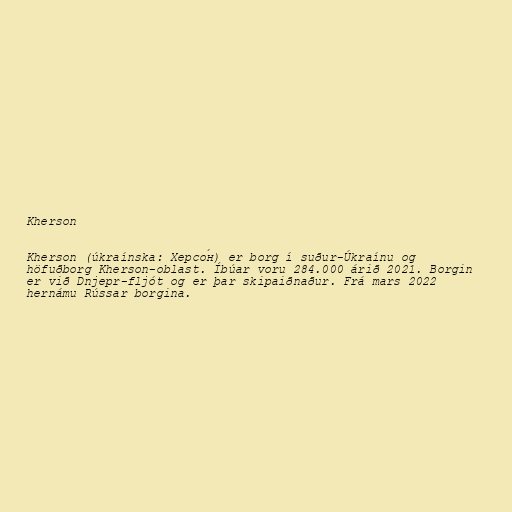
Kherson

Kherson (úkraínska: Херсо́н) er borg í suður-Úkraínu og
höfuðborg Kherson-oblast. Íbúar voru 284.000 árið 2021. Borgin
er við Dnjepr-fljót og er þar skipaiðnaður. Frá mars 2022
hernámu Rússar borgina.